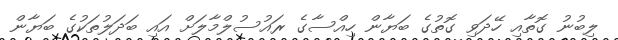
ލިބުނު ގޮތާއި ހޭދަވި ގޮތުގެ ބަޔާން ހިއްސާގެ ރައުސުލްމާލަށް އައި ބަދަލުތަކުގެ ބަޔާން